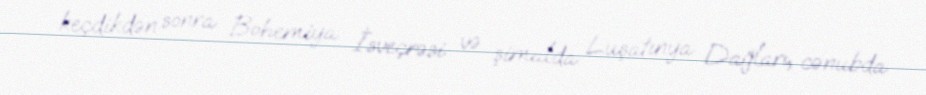
keçdikdən sonra Bohemiya İsveçrəsi və şimalda Luşatınya Dağları, cənubda